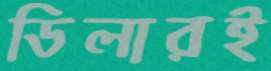
ডিলারই